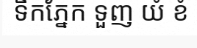
ទឹកភ្នែក ទួញ យំ ខំ